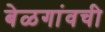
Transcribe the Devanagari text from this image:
बेळगांवची